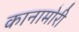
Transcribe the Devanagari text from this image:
कानामोरी